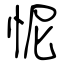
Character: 怩